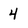
Character: 4